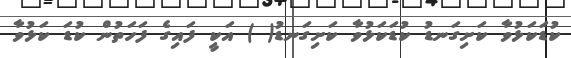
ކުޑަކަޅުވާ ކަށިގަނޑު ކުޑަކަޅުވާ ކަށިގަނޑު( ) އަކީ ފައިގެ ފަހަތުން ކުޑަ ކަޅުވާ